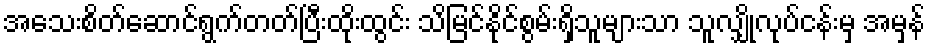
အသေးစိတ်ဆောင်ရွက်တတ်ပြီးထိုးထွင်း သိမြင်နိုင်စွမ်းရှိသူများသာ သူလျှိုလုပ်ငန်းမှ အမှန်